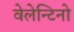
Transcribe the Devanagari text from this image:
वेलेन्टिनो